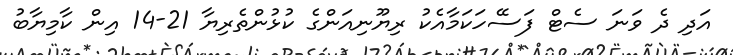
އަދި ދެ ވަނަ ސެޓް ފަސޭހަކަމާއެކު ރިޔޫނިއަންގެ ކުޅުންތެރިޔާ 21-14 އިން ކާމިޔާބު